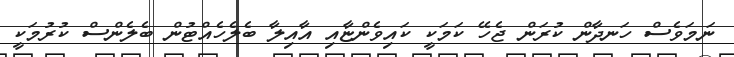
ނަމަވެސް ހަނދާން ކުރަން ޖެހޭ ކަމަކީ ކައިވެންޏާއި އާއިލާ ބެލެހެއްޓުން ބެލެންސް ކުރުމަކީ